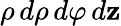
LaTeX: \rho\, d\rho\, d\varphi\, d\mathbf{z}